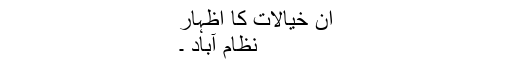
ان خیالات کا اظہار
نظام آباد ۔